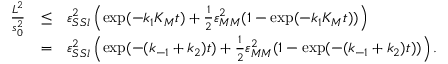
\begin{array} { r c l } { \frac { L ^ { 2 } } { s _ { 0 } ^ { 2 } } } & { \leq } & { \varepsilon _ { S S l } ^ { 2 } \left( \exp ( - k _ { 1 } K _ { M } t ) + \frac 1 2 \varepsilon _ { M M } ^ { 2 } ( 1 - \exp ( - k _ { 1 } K _ { M } t ) ) \right) } \\ & { = } & { \varepsilon _ { S S l } ^ { 2 } \left( \exp ( - ( k _ { - 1 } + k _ { 2 } ) t ) + \frac 1 2 \varepsilon _ { M M } ^ { 2 } ( 1 - \exp ( - ( k _ { - 1 } + k _ { 2 } ) t ) ) \right) . } \end{array}